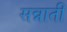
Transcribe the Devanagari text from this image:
सन्नाती